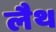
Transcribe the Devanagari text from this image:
लैथ